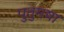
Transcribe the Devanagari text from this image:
पुतुमषा